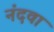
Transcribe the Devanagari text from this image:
नंदवा